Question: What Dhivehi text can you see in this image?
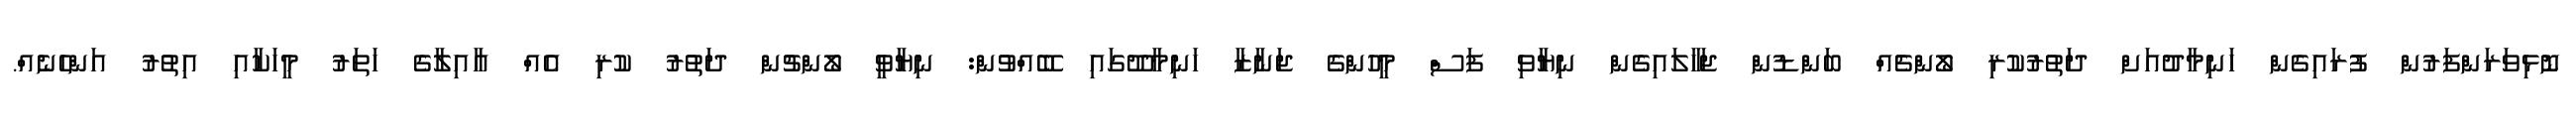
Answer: ނޮޅިވަރަންފަރުން ފުރައިގެން ހަނިމާދުއަށް ދަތުރުކުރި ލޯންޗެއް ބަންޑުން ޖަހާލައިގެން ނިޔާވި ފަސް މީހުންގެ ޖަނާޒާ ހަނިމާދޫގައި ބޭއްވުން: ނިޔާވީ ލޯންޗުން ދަތުރު ކުރި އެއް އާއިލާގެ ހަތަރު މީހަކާއި އިތުރު އަންހެނެއް.